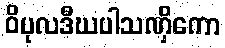
ဝိပုလဒီဃပါသဏှိကော